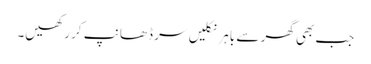
جب بھی گھر سے باہر نکلیں سر ڈھانپ کر رکھیں۔